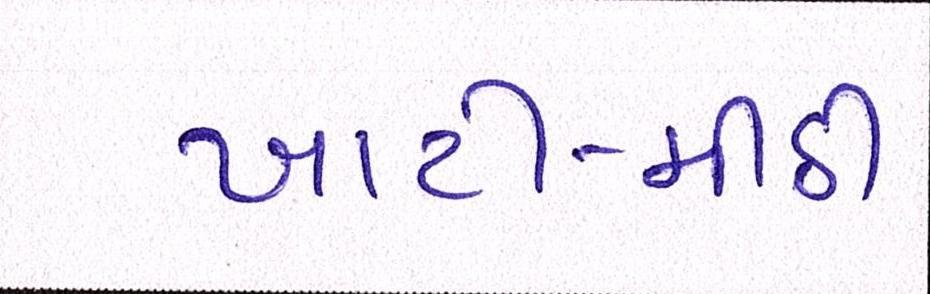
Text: ખાટી-મીઠી